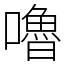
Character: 嚕